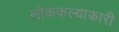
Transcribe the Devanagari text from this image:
लोककल्याकारी